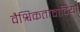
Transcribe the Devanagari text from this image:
वैश्विकतावादियों